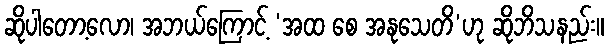
ဆိုပါတော့လော၊ အဘယ်ကြောင့် ‘အထ စေ အနုသေတိ’ဟု ဆိုဘိသနည်း။